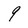
Character: 9